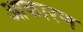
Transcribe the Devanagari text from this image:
आकारण